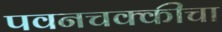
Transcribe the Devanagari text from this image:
पवनचक्कीचा